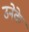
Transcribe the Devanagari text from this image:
उनेके